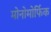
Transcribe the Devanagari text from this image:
मोनोमोर्फिक